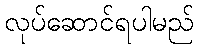
လုပ်ဆောင်ရပါမည်